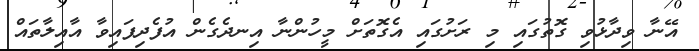
އޭނާ ވިދާޅުވި ގޮތުގައި މި ރަށުގައި އެގޮތަށް މީހުންނާ އިނދެގެން އުފެދިފައިވާ އާއިލާތައް